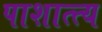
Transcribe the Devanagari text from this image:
पाशात्त्य